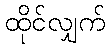
ထိုင်လျှက်